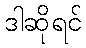
ဒါဆိုရင်